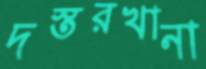
দস্তরখানা